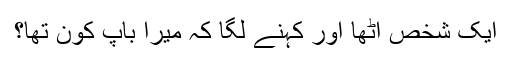
ایک شخص اٹھا اور کہنے لگا کہ میرا باپ کون تھا؟